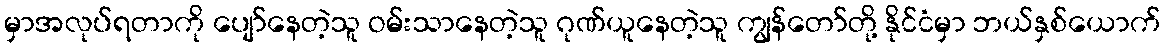
မှာအလုပ်ရတာကို ပျော်နေတဲ့သူ ဝမ်းသာနေတဲ့သူ ဂုဏ်ယူနေတဲ့သူ ကျွန်တော်တို့ နိုင်ငံမှာ ဘယ်နှစ်ယောက်